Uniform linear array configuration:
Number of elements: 12
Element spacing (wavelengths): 0.75
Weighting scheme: kaiser
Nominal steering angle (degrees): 15
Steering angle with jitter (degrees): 16.128
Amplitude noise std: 0.05
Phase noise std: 0.05

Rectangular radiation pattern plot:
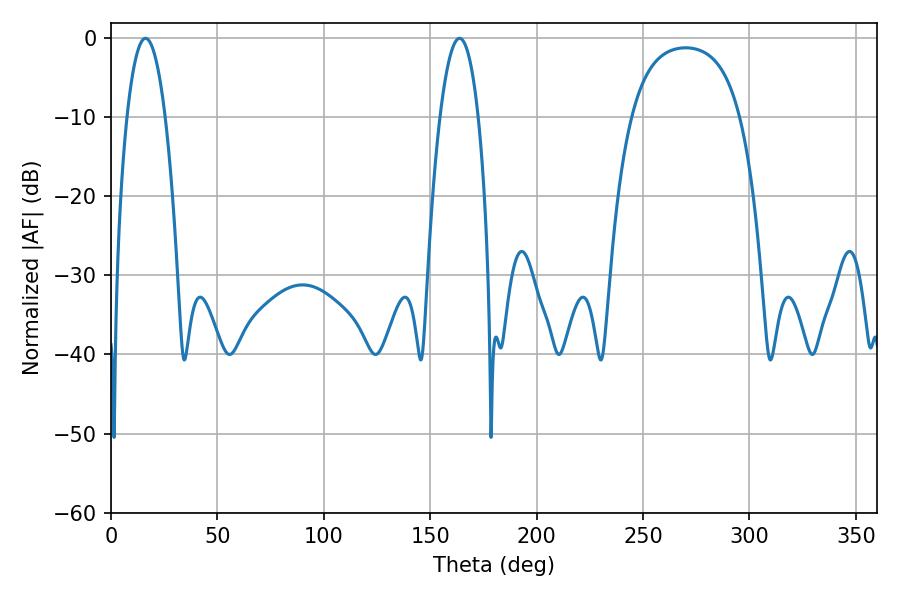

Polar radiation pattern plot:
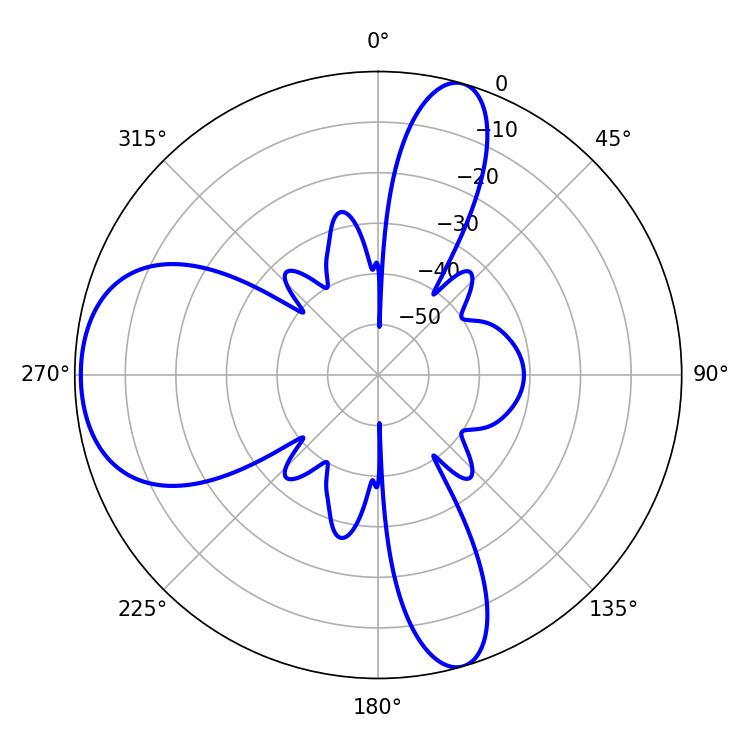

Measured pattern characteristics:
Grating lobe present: TRUE
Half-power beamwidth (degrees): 9.9
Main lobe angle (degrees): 16.2